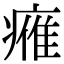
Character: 𤸰